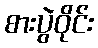
စားပွဲဝိုင်း